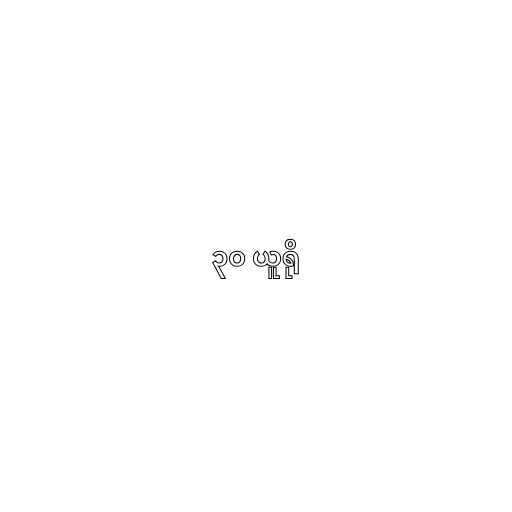
၃၀ ယူရို